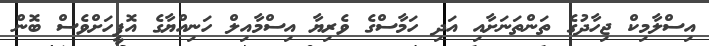
އިސްލާމިކް ޖިހާދުގެ ތަންތަނަށާއި އަދި ހަމާސްގެ ވެރިޔާ އިސްމާއިލް ހަނިއްޔާގެ އޮފީހަށްވެސް ބޮން